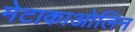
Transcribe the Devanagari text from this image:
मेटाकाओलिन